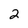
Character: 2